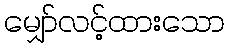
မျှော်လင့်ထားသော